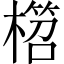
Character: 𣙭